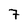
Character: 7